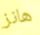
هانز